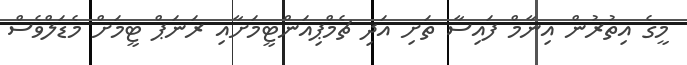
މީގެ އިތުރުން އިނާމް ފައިސާ ތަށި އަދި ޗެމްޕިއަންޓީމަށާއި ރަނަޕް ޓީމަށް މެޑަލްވެސް